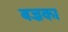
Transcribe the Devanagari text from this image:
बज्रका